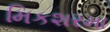
મિકશરમા